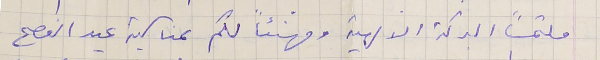
ملتمساً البركة الالهية ومهنئاً لكم بمناسبة عيد الفصح